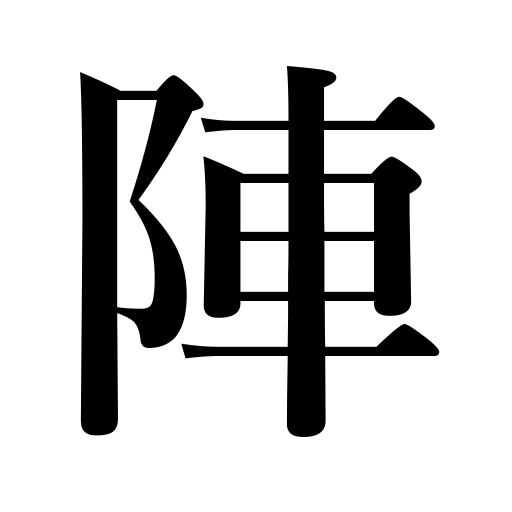
Meanings: ranks,battle array,camp,position